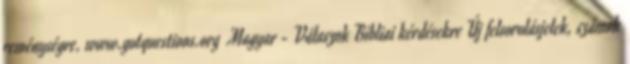
reménységre. www.gotquestions.org Magyar - Válaszok Bibliai kérdésekre Új felsorolásjelek, számok